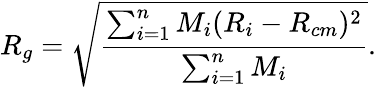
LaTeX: R_{g}=\sqrt{\frac{\sum_{i=1}^{n}M_{i}(R_{i}-R_{cm})^{2}}{\sum_{i=1}^{n}M_{i}}}.